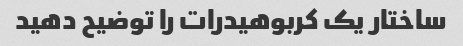
ساختار یک کربوهیدرات را توضیح دهید